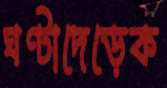
ঘণ্টাদেড়েক